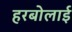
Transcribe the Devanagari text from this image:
हरबोलाई